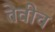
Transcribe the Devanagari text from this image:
तेवीच